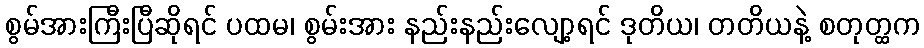
စွမ်အားကြီးပြီဆိုရင် ပထမ၊ စွမ်းအား နည်းနည်းလျော့ရင် ဒုတိယ၊ တတိယနဲ့ စတုတ္ထက